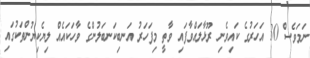
ނަމަވެސް 30 އަހަރުގެ ކައިވެނި ރޫޅާލައްވާފައި ވާތީ މިފަހަރު އަނބިކަނބަލުންގެ ވާހަކައެއް ލިޔެކިޔުންތަކުގައި